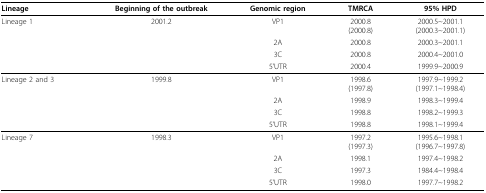
<table><thead><tr><td><b>Lineage</b></td><td><b>Beginning of the outbreak</b></td><td><b>Genomic region</b></td><td><b>TMRCA</b></td><td><b>95% HPD</b></td></tr></thead><tbody><tr><td>Lineage 1</td><td>2001.2</td><td>VP1</td><td>2000.8(2000.8)</td><td>2000.5~2001.1(2000.3~2001.1)</td></tr><tr><td></td><td></td><td>2A</td><td>2000.8</td><td>2000.3~2001.1</td></tr><tr><td></td><td></td><td>3C</td><td>2000.8</td><td>2000.4~2001.0</td></tr><tr><td></td><td></td><td>5&#x27;UTR</td><td>2000.4</td><td>1999.9~2000.9</td></tr><tr><td>Lineage 2 and 3</td><td>1999.8</td><td>VP1</td><td>1998.6(1997.8)</td><td>1997.9~1999.2(1997.1~1998.4)</td></tr><tr><td></td><td></td><td>2A</td><td>1998.9</td><td>1998.3~1999.4</td></tr><tr><td></td><td></td><td>3C</td><td>1998.8</td><td>1998.2~1999.3</td></tr><tr><td></td><td></td><td>5&#x27;UTR</td><td>1998.8</td><td>1998.1~1999.4</td></tr><tr><td>Lineage 7</td><td>1998.3</td><td>VP1</td><td>1997.2(1997.3)</td><td>1995.6~1998.1(1996.7~1997.8)</td></tr><tr><td></td><td></td><td>2A</td><td>1998.1</td><td>1997.4~1998.2</td></tr><tr><td></td><td></td><td>3C</td><td>1997.3</td><td>1984.4~1998.4</td></tr><tr><td></td><td></td><td>5&#x27;UTR</td><td>1998.0</td><td>1997.7~1998.2</td></tr></tbody></table>